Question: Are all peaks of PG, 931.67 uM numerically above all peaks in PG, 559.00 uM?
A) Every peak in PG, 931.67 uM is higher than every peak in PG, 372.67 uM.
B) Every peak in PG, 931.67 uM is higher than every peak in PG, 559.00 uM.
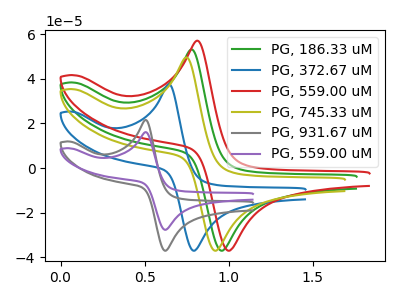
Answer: <think>The green curve "PG, 186.33 uM" has an anodic peak at (0.80V, 53.20uA) and a cathodic peak at (0.95V, -37.05uA). The blue curve "PG, 372.67 uM" has an anodic peak at (0.65V, 37.60uA) and a cathodic peak at (0.80V, -37.05uA). The red curve "PG, 559.00 uM" has an anodic peak at (0.80V, 57.15uA) and a cathodic peak at (1.00V, -37.05uA). The olive curve "PG, 745.33 uM" has an anodic peak at (0.75V, 49.65uA) and a cathodic peak at (0.95V, -37.05uA). The gray curve "PG, 931.67 uM" has an anodic peak at (0.50V, 21.55uA) and a cathodic peak at (0.65V, -37.05uA). The purple curve "PG, 559.00 uM" has an anodic peak at (0.50V, 16.10uA) and a cathodic peak at (0.65V, -27.70uA).</think>
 <answer>B) Every peak in "PG, 931.67 uM" is higher than every peak in "PG, 559.00 uM".</answer>
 <eval>B</eval>